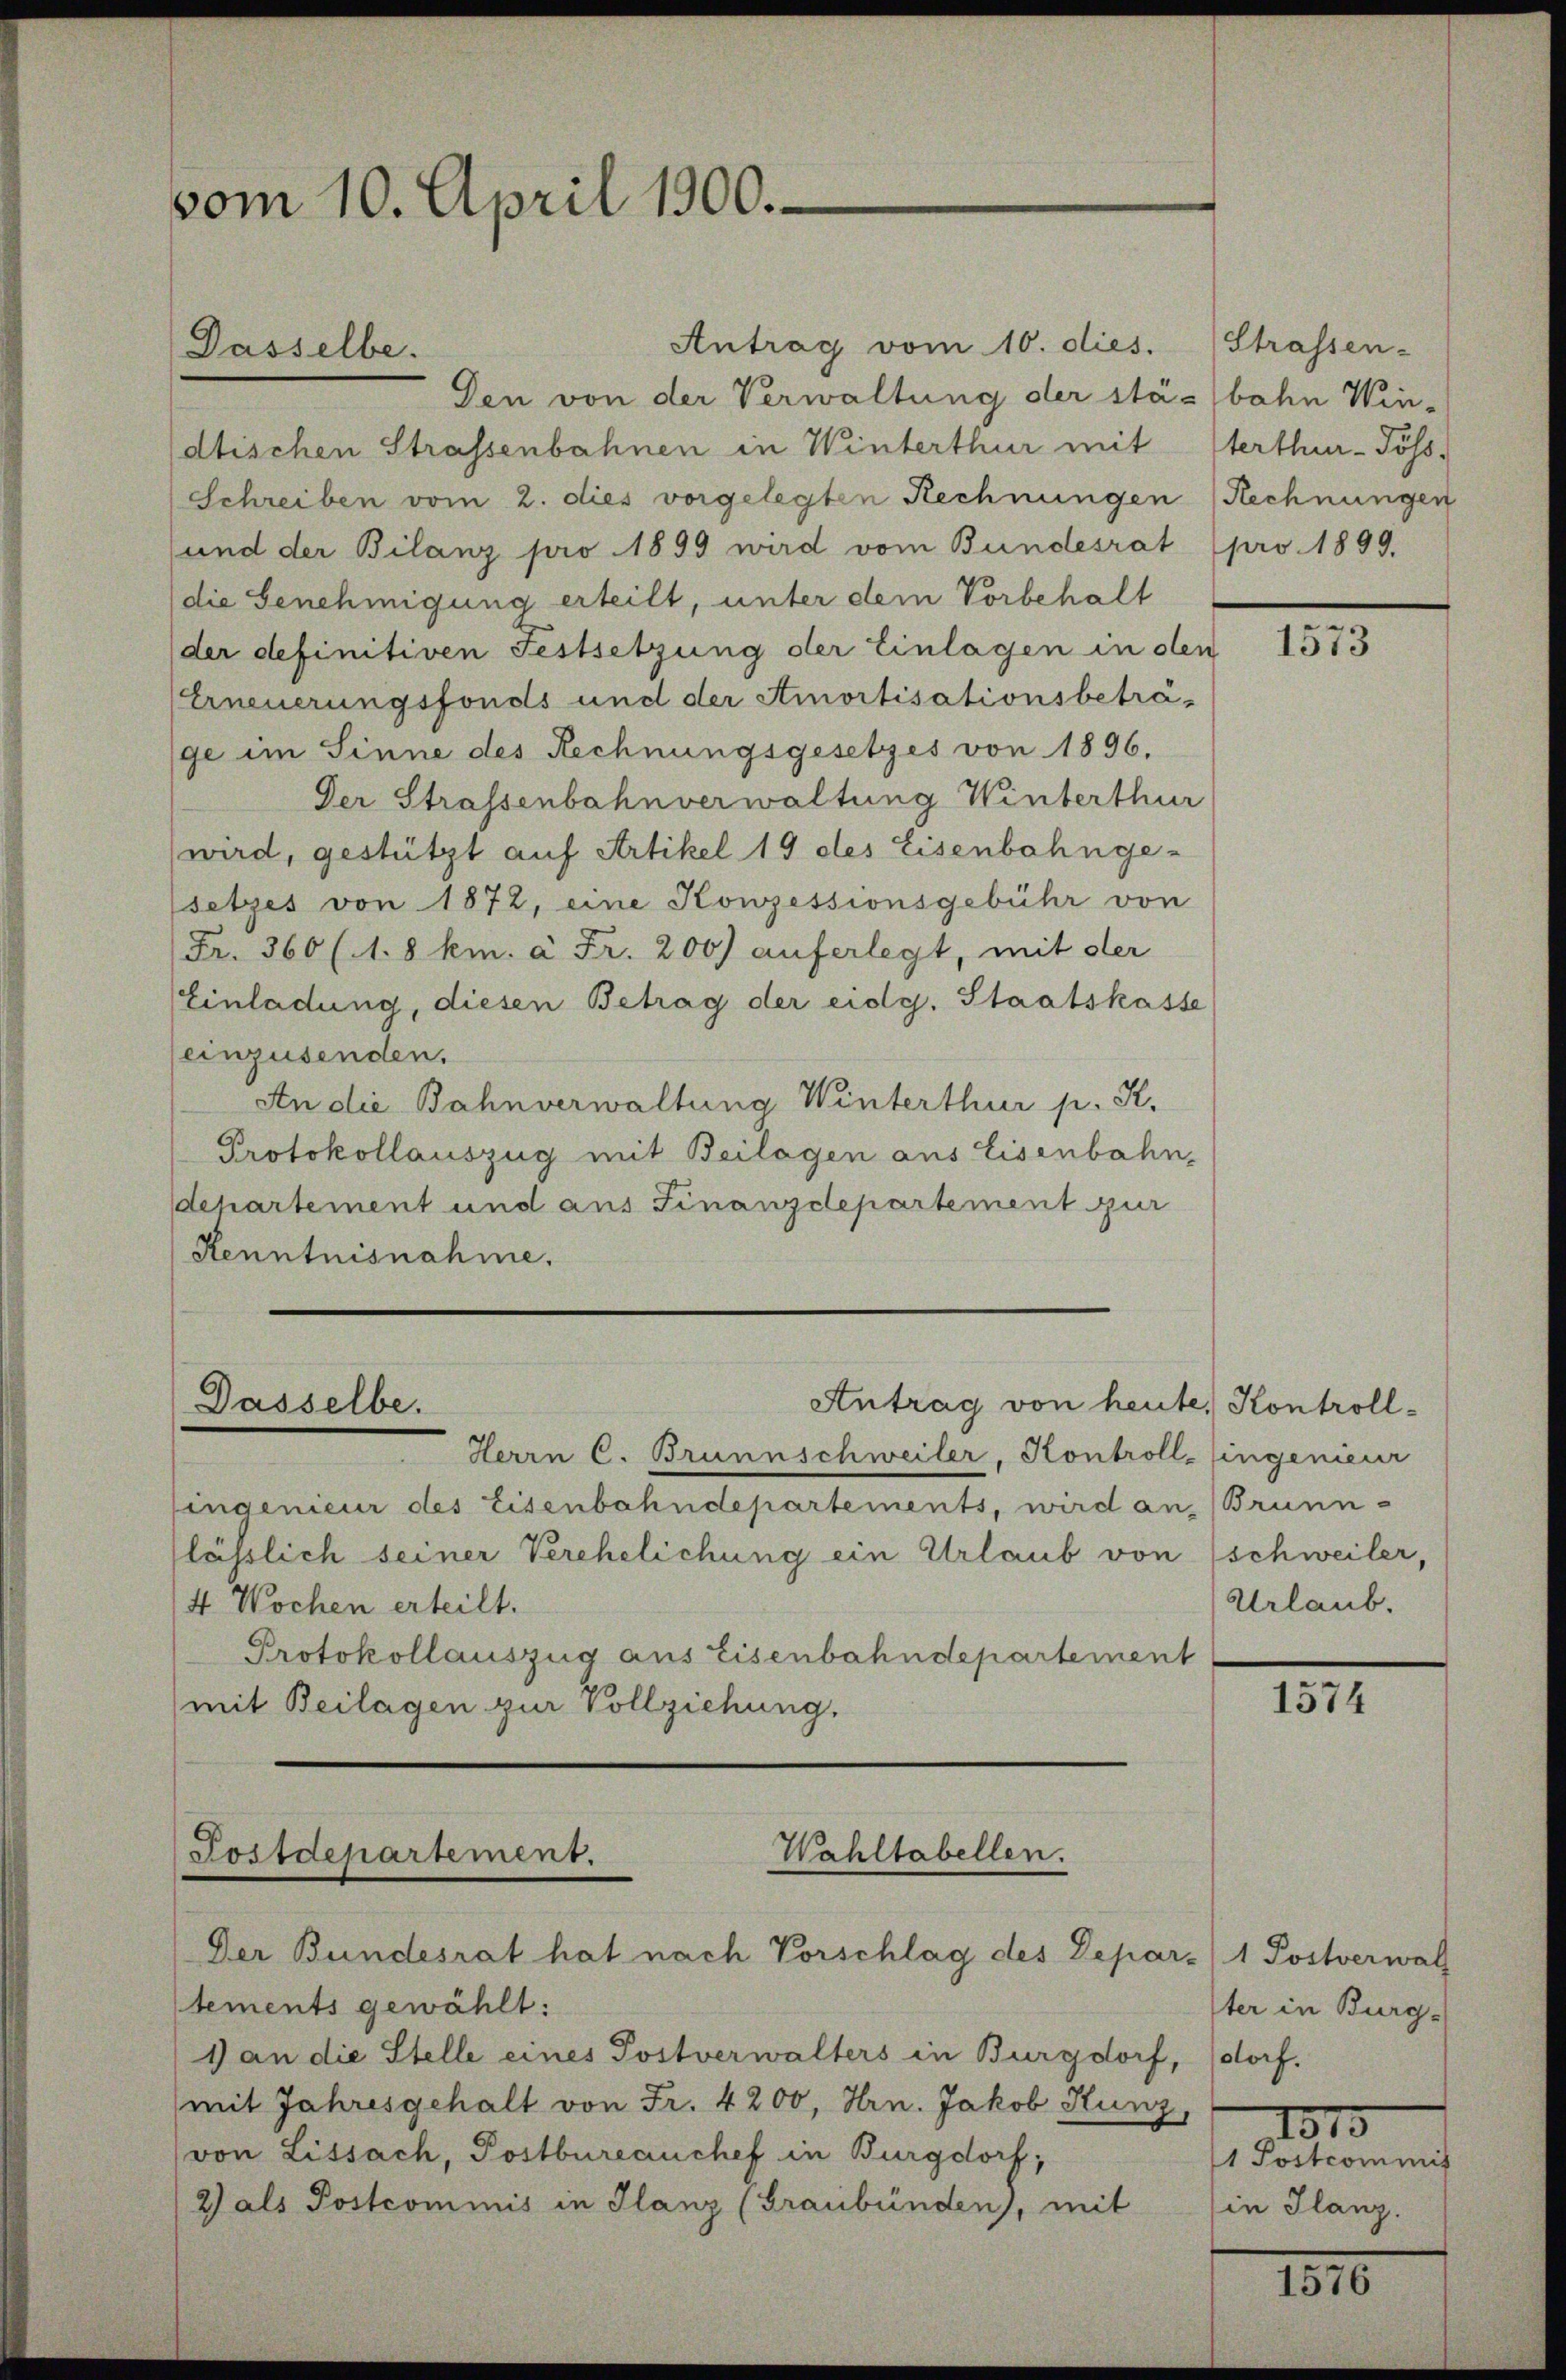
vom 10. April 1900.

Antrag vom 10. dies. (Strassen-
Den von der Verwaltung der stä-bahn Win-
dtischen Strassenbahnen in Winterthur mit sterthur-Jöss-
Schreiben vom 2. dies vorgelegten Rechnungen (Rechnungen
und der Bilanz pro 1899 wird vom Bundesrat (pro 1899.
die Genehmigung erteilt, unter dem Vorbehalt
der definitiven Festsetzung der Einlagen in den
Erneuerungsfonds und der Amortisationsbeträge im Sinne des Rechnungsgesetzes von 1896.
Der Strassenbahnverwaltung Winterthur
wird, gestützt auf Artikel 19 des Eisenbahngesetzes von 1872, eine Konzessionsgebühr von
(Fr. 360 (1.8 km. à Fr. 200) auferlegt, mit der
Einladung, diesen Betrag der eidg. Staatskasse
einzusenden.
An die Bahnverwaltung Winterthur p. K.
Protokollauszug mit Beilagen aus Eisenbahn-
departement und aus Finanzdepartement zur
Kenntnisnahme.

Dasselbe.

Antrag von heute, Kontroll¬
Dasselbe.

Wahltabellen.
Postdepartement.
Der Bundesrat hat nach Vorschlag des Depar- 1 Postverwal

tements gewählt:
1 an die Stelle eines Postverwalters in Burgdorf, dorf.
(mit Jahresgehalt von Fr. 4200, Hrn. Jakob Hunz,
(von Lissach, Postbureauchef in Burgdorf,
2) als Postcommis in Glanz (Graubünden, mit in Glanz.

Herrn C. Brunnschweiler, Kontrollingenieur
fingenieur des Eisenbahndepartements, wird an, (Brunn-
lässlich seiner Verehelichung ein Urlaub von schweiler,
4 Wochen erteilt.
Protokollauszug aus Eisenbahndepartement
mit Beilagen zur Vollziehung.

e
1573

Urlaub.

1574

Iter in Burg-
1815
1 Postcommis

1810